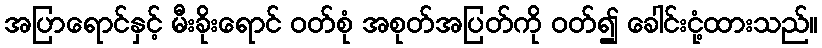
အပြာရောင်နှင့် မီးခိုးရောင် ဝတ်စုံ အစုတ်အပြတ်ကို ဝတ်၍ ခေါင်းငုံ့ထားသည်။